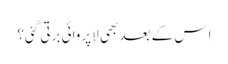
اِس کے بعد بھی لاپروائی برتی گئی؟